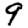
Digit: 9